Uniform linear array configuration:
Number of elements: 4
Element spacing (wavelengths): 0.5
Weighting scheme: hamming
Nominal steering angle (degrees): -30
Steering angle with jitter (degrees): -28.109
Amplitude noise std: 0.05
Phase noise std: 0.05

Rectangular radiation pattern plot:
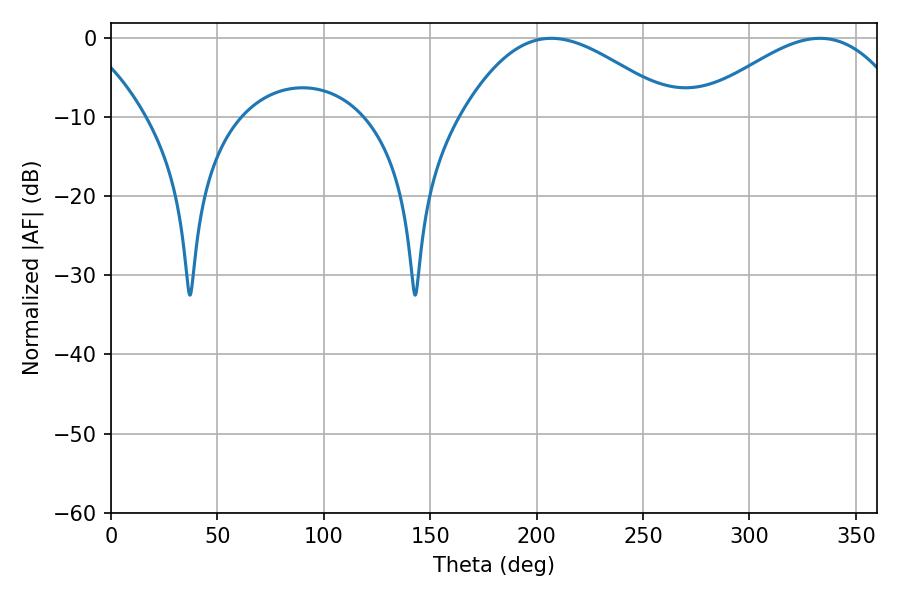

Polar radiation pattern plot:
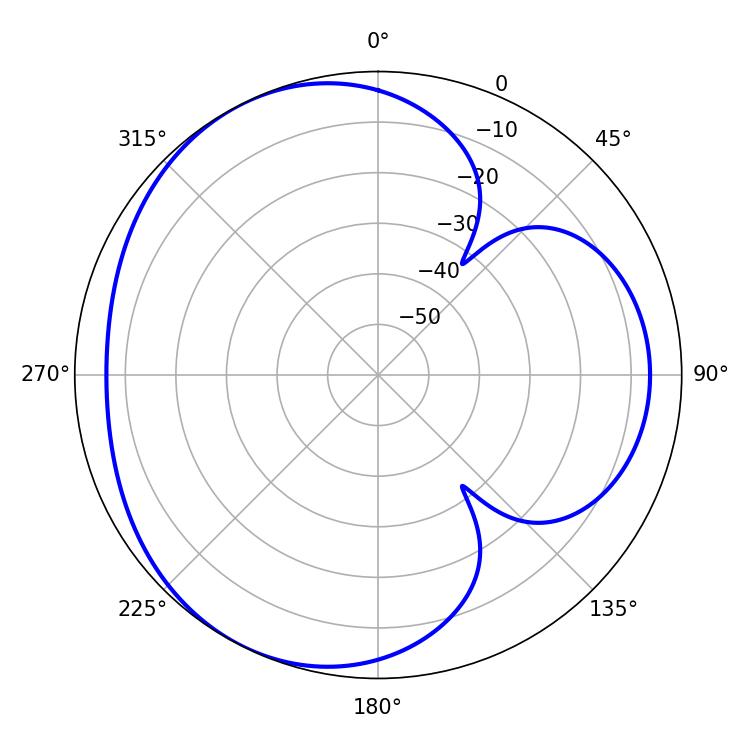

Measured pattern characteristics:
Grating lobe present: FALSE
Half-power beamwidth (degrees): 54.36
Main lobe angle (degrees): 206.82